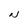
Character: N